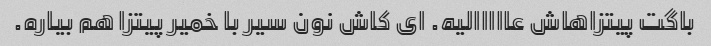
باگت پیتزاهاش عااااالیه. ای کاش نون سیر با خمیر پیتزا هم بیاره.